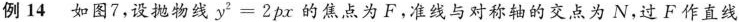
例14如图7，设抛物线$$y ^ { 2 } = 2 p x$$的焦点为F。准线与对称轴的交点为N，过F作直